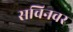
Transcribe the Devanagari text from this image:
सचिनवर